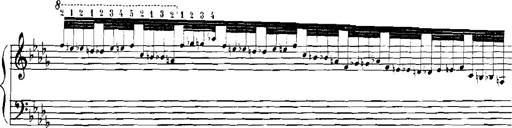
Title: Rhapsodies hongroises
Composer: Franz Liszt